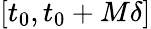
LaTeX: [t_{0},t_{0}+M\delta]